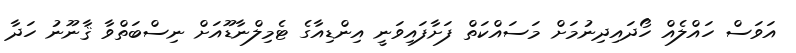
އަވަސް ހައްލެއް ހޯދައިދިނުމަށް މަސައްކަތް ފަށާފައިވަނީ އިންޑިއާގެ ޓެމިލްނާޑޫއަށް ނިސްބަތްވާ ޤާނޫނު ހަދާ